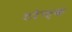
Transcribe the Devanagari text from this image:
टरेफ़क